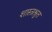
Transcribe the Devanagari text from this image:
शास्त्रश्रुत